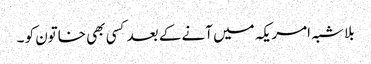
بلا شبہ امریکہ میں آنے کے بعد کسی بھی خاتون کو ۔